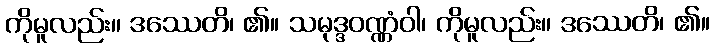
ကိုမူလည်း။ ဒဿေတိ၊ ၏။ သမုဒ္ဒဝဏ္ဏံဝါ၊ ကိုမူလည်း။ ဒဿေတိ၊ ၏။